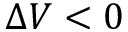
\Delta V < 0